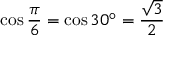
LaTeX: \cos { \frac { \pi } { 6 } } = \cos 3 0 ^ { \circ } = { \frac { \sqrt { 3 } } { 2 } }